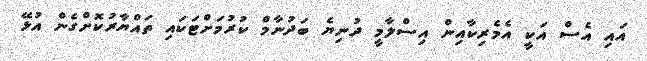
އައި އެސް އަކީ އެމެރިކާއިން އިސްލާމީ ދުނިޔެ ބަދުނާމް ކުރުމަށްޓަކައި ތައްޔާރުކޮށްގެން އުޅޭ